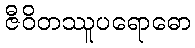
ဇီဝိတဿူပရောဓော